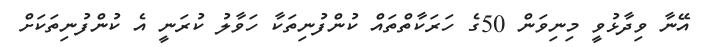
އޭނާ ވިދާޅުވީ މިނިވަން 50ގެ ހަރަކާތްތައް ކުންފުނިތަކާ ހަވާލު ކުރަނީ އެ ކުންފުނިތަކަށް